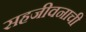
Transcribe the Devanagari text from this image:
सहजीवनाची